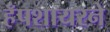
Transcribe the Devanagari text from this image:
हँपशायरने